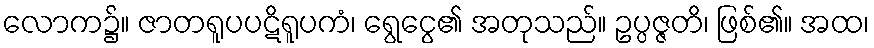
လောက၌။ ဇာတရူပပဋိရူပကံ၊ ရွေငွေ၏ အတုသည်။ ဥပ္ပဇ္ဇတိ၊ ဖြစ်၏။ အထ၊